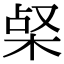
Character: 梷